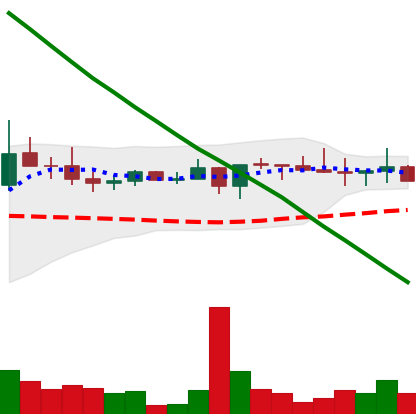
Ticker: XRP-USD
Chart end date: 2022-08-18
Forward return: -6.435%
Label: down_5_7